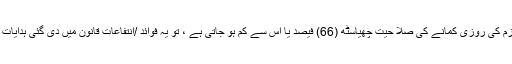
اور اگر حادثہ کی وجہ سے ملازم کی روزی کمانے کی صلا حیت چھیاسٹھ (66) فیصد یا اس سے کم ہو جاتی ہے ، تو یہ فوائد /انتفاعات قانون میں دی گئی ہدایات کے مطابق ہی دیئے جاتے ہیں۔